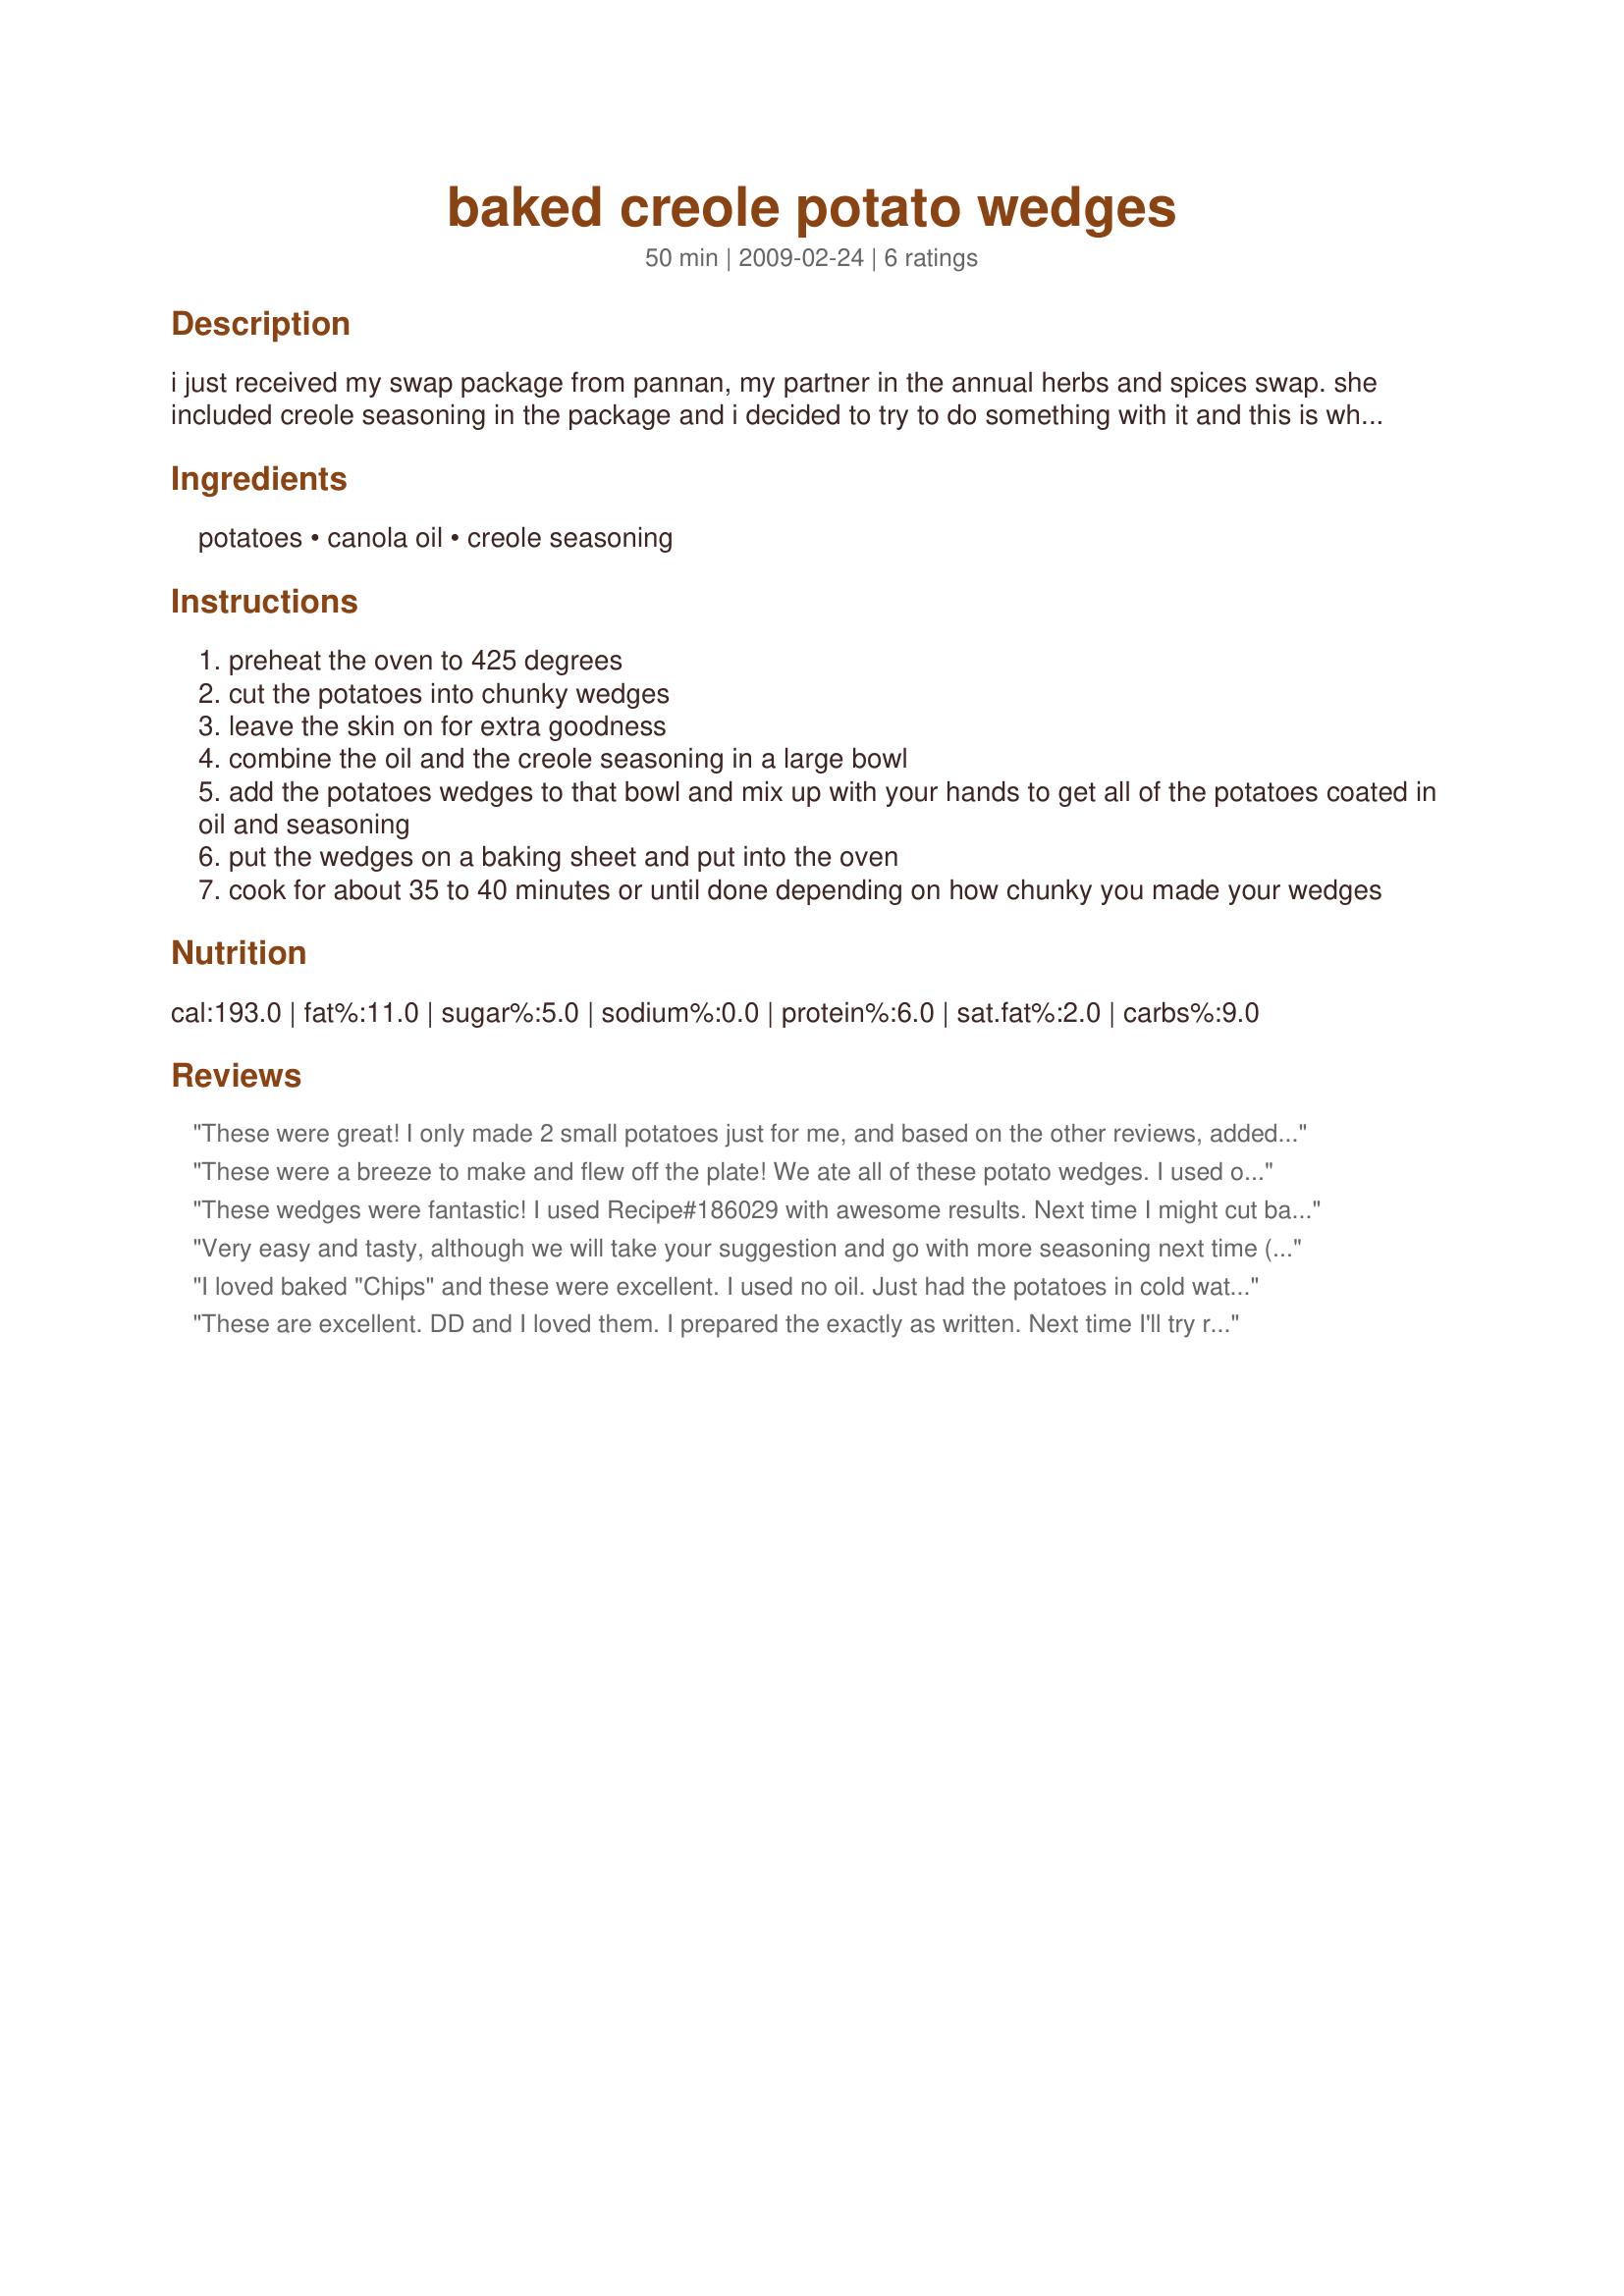
baked creole potato wedges
Preparation time: 50 minutes

i just received my swap package from pannan, my partner in the annual herbs and spices swap. she included creole seasoning in the package and i decided to try to do something with it and this is what happened. they went down pretty well with my guests. if you like things particularly spicy you could go with a bit more of the seasoning.

Ingredients:
potatoes, canola oil, creole seasoning

Steps:
preheat the oven to 425 degrees
cut the potatoes into chunky wedges
leave the skin on for extra goodness
combine the oil and the creole seasoning in a large bowl
add the potatoes wedges to that bowl and mix up with your hands to get all of the potatoes coated in oil and seasoning
put the wedges on a baking sheet and put into the oven
cook for about 35 to 40 minutes or until done depending on how chunky you made your wedges

Reviews:
These were great! I only made 2 small potatoes just for me, and based on the other reviews, added a little more seasoning - I used recipe #187842. Great potatoes that were done in 35 minutes and tasted great. Thanks Sarah_Jayne for a nice new keeper. Made for Gimme 5 Tag.
These were a breeze to make and flew off the plate! We ate all of these potato wedges. I used olive oil instead of canola oil (I misread the ingredients), but they were still fantastic. I was hesitant about using a lot of the creole seasoning, but they turned out just about perfect with great flavor and a hint of spice. I will make these again - and soon - I have a 10 lb bag of potatoes sitting in the pantry that need to be used up soon! Made for the Groovy GastroGnomes, ZWT5.
These wedges were fantastic! I used Recipe#186029 with awesome results. Next time I might cut back on the oil a bit but other than that I will make it as stated. As I was making them for an entreÃ© I pre-baked then for 30 minutes, spread on paper towel until my guests arrived and then place them back onto trays and into the oven for 15 minutes to re-heat and re-crisp. This worked perfectly and my guests were very impressed! Thanks for an awesome recipe that I can see myself using time and time again!
Very easy and tasty, although we will take your suggestion and go with more seasoning next time (we like it spicy!) Cooking time was spot on. I used Recipe #96102 for the seasoning. Made for Spring 2009 PAC.
I loved baked "Chips" and these were excellent. I used no oil. Just had the potatoes in cold water, dabbed with paper towel and then sprinkled on the creole seasoning. Excellent ThanksSarah_Jayne
These are excellent. DD and I loved them. I prepared the exactly as written. Next time I'll try reducing the oil a bit. Made for Jammin' Java Jivers ZWT5
